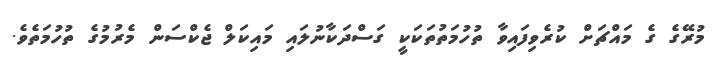
މުރޭގެ ގެ މައްޗަށް ކުރެވިފައިވާ ތުހުމަތުތަކަކީ ގަސްދަކާނުލައި މައިކަލް ޖެކްސަން މެރުމުގެ ތުހުމަތެވެ.